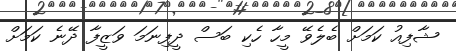
ޝާފިއު ކަމަށް ބެލެވޭ މީހާ ހެކި ބަސް ދީފިނަމަ ވަޒީފާ ދޭނެ ކަަމަށް